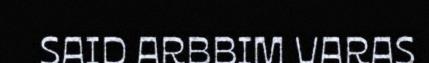
SAID ARBBIM VARAS